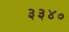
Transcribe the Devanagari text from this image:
३३४०